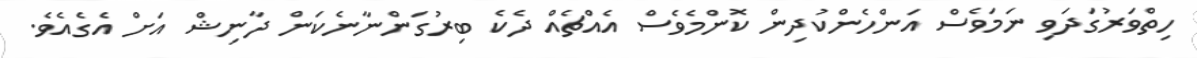
ހިތްވަރުގަދަވި ނަމަވެސް އަންހެންކުދިން ކޮންމެވެސް އެއްޗެއް ދެކެ ބިރުގަންނާނެކަން ދާނިޝް އަށް އެގެއެވެ.